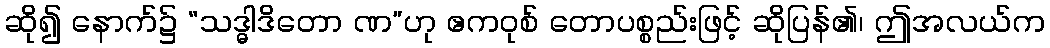
ဆို၍ နောက်၌ “သဒ္ဓါဒိတော ဏ”ဟု ဧကဝုစ် တောပစ္စည်းဖြင့် ဆိုပြန်၏၊ ဤအလယ်က